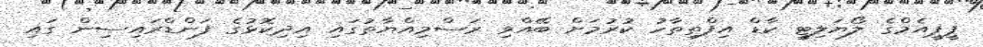
ޕީޕީއެމްގެ ލޯޔަލިޓީ ކާޑް އިފްތިތާހު ކުރުމަށް ބޭއްވި ރަސްމިއްޔާތުގައި އިދިކޮޅުގެ ފަންޑްރައިސިން ގައި